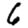
Digit: 6